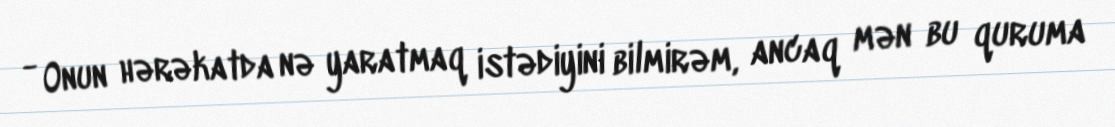
- Onun hərəkatda nə yaratmaq istədiyini bilmirəm, ancaq mən bu quruma